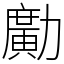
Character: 𠢹